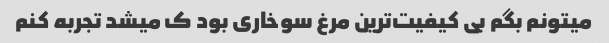
میتونم بگم بی کیفیت‌ترین مرغ سوخاری بود ک میشد تجربه کنم